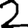
Digit: 2